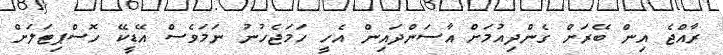
ރާއްޖެ އިން ބޭރަށް ގެންދިއުމަށް އާސަންދައިން އެހީ ހަމަޖެހުނު ނަމަވެސް އޭޑީކޭ ހޮސްޕިޓަލަށް